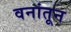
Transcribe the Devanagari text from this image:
वनांतून